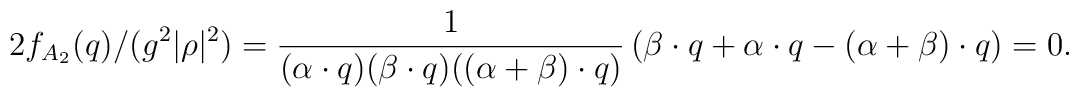
2f_{A_{2}}(q)/(g^2|\rho|^2)={1\over{(\alpha\cdot q)   (\beta\cdot q)((\alpha+\beta)\cdot q)}}   \left(\beta\cdot q +\alpha\cdot q-(\alpha+\beta)\cdot q\right)=0.